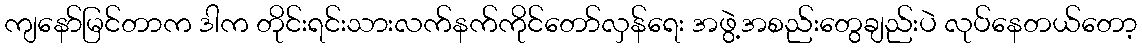
ကျနော်မြင်တာက ဒါက တိုင်းရင်းသားလက်နက်ကိုင်တော်လှန်ရေး အဖွဲ့အစည်းတွေချည်းပဲ လုပ်နေတယ်တော့